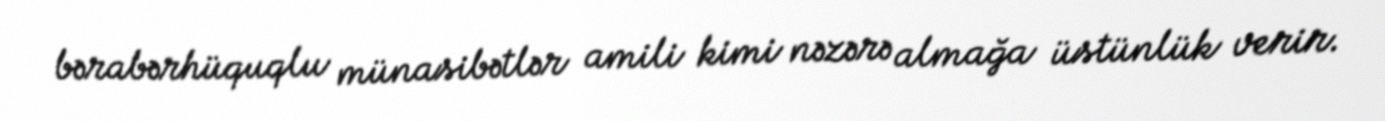
bərabərhüquqlu münasibətlər amili kimi nəzərə almağa üstünlük verir.